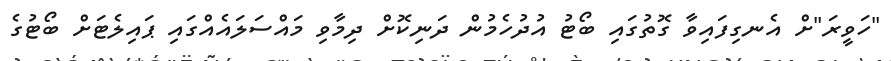
"ހަވީރަ"ށް އެނގިފައިވާ ގޮތުގައި ބޯޓު އުދުހެމުން ދަނިކޮށް ދިމާވި މައްސަލައެއްގައި ޕައިލެޓަށް ބޯޓުގެ